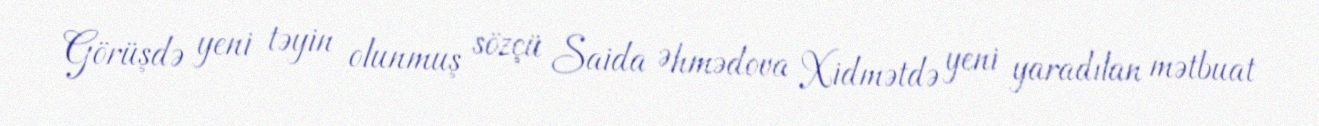
Görüşdə yeni təyin olunmuş sözçü Saida Əhmədova Xidmətdə yeni yaradılan mətbuat